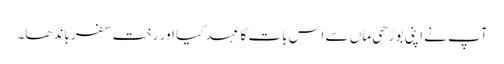
آپ نے اپنی بوڑھی ماں سے اس بات کا عہد کیا اور رختِ سفر باندھا۔